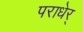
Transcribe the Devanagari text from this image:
पराधेर्